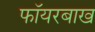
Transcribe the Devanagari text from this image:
फॉयरबाख